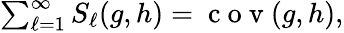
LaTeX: \begin{array}{r}{\sum_{\ell=1}^{\infty}S_{\ell}(g,h)=\mathrm{~c~o~v~}(g,h),}\end{array}